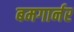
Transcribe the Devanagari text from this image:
बमगार्नर